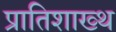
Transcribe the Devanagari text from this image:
प्रातिशाख्थ